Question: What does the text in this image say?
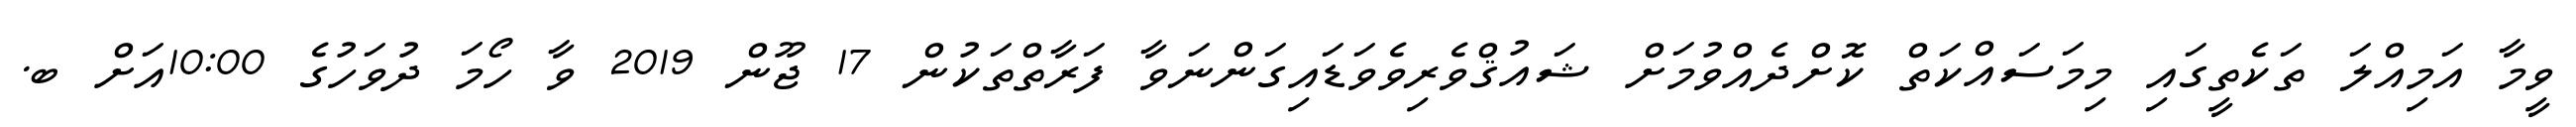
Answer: ވީމާ އަމިއްލަ ތަކެތީގައި މިމަސައްކަތް ކޮށްދެއްވުމަށް ޝައުޤްވެރިވެވަޑައިގަންނަވާ ފަރާތްތަކުން 17 ޖޫން 2019 ވާ ހޯމަ ދުވަހުގެ 10:00އަށް ބ.